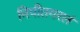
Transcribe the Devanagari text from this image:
निपीतगरलं